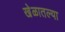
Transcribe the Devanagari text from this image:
खेळातल्या